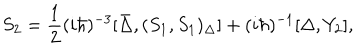
S _ { 2 } = \frac { 1 } { 2 } ( i \hbar ) ^ { - 3 } [ \bar { \Delta } , ( S _ { 1 } , S _ { 1 } ) _ { \Delta } ] + ( i \hbar ) ^ { - 1 } [ \Delta , Y _ { 2 } ] ,